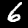
Label: 6